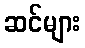
ဆင်များ